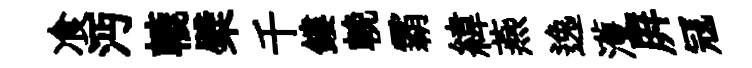
飡沔轆檗千鏤輓霸緯燕逸濩屛冦